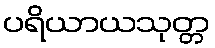
ပရိယာယသုတ္တ